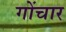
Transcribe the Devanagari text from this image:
गोंचार